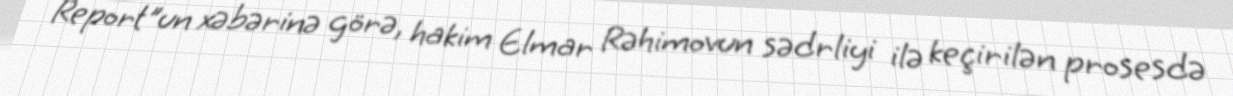
Report"un xəbərinə görə, hakim Elmar Rəhimovun sədrliyi ilə keçirilən prosesdə